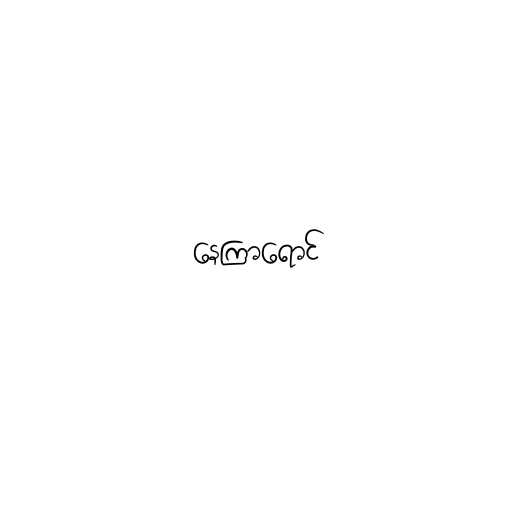
နေကြာရောင်